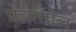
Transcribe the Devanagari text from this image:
प्रेवेर्तेब्रल